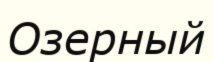
Озерный